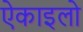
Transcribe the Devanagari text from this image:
ऐकाइलो